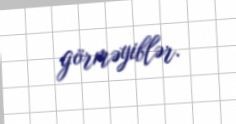
görməyiblər.